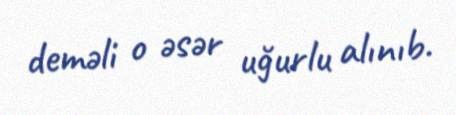
deməli o əsər uğurlu alınıb.